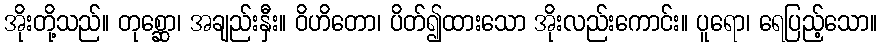
အိုးတို့သည်။ တုစ္ဆော၊ အချည်းနှီး။ ဝိဟိတော၊ ပိတ်၍ထားသော အိုးလည်းကောင်း။ ပူရော၊ ရေပြည့်သော။